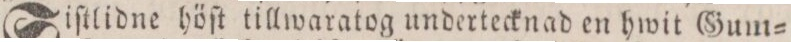
Siſtlidne höſt tillwaratog undertecknad en hwit Gum=